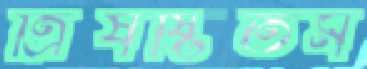
ত্রিষষ্টিতম